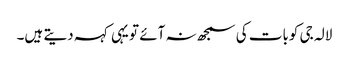
لالہ جی کوبات کی سمجھ نہ آئے تو یہی کہہ دیتے ہیں۔